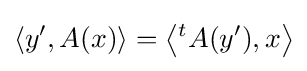
\langle y',A(x)\rangle =\left\langle {}^{t}A(y'),x\right\rangle